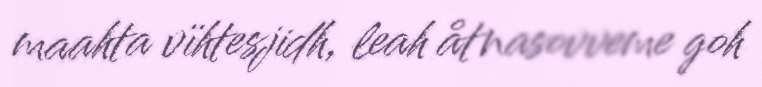
maahta vïhtesjidh, leah åtnasovveme goh